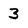
Character: 3